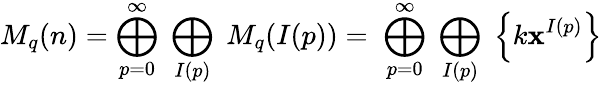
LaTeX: M_{q}(n)=\bigoplus_{p=0}^{\infty}\; \bigoplus_{I(p)}\; M_{q}(I(p))=\; \bigoplus_{p=0}^{\infty}\; \bigoplus_{I(p)}\; \left\{ k\mathbf{x}^{I(p)}\right\}